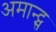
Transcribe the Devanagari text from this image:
अमान्ट्स